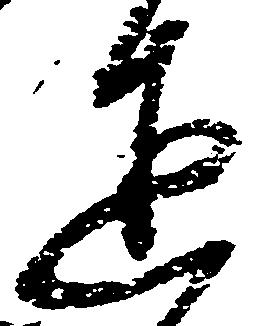
達